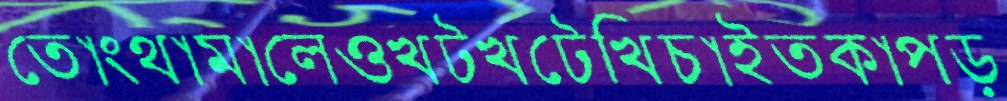
তোংথামালেওখটখটেখিচাইতকাপড়